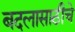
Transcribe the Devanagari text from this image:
बदलासाठीचे